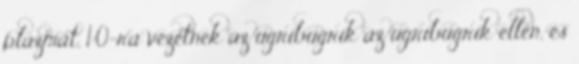
plazmát, 1:0-ra vezetnek az ugribugrik az ugribugrik ellen, és